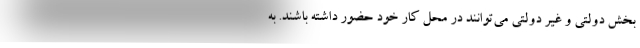
بخش دولتی و غیر دولتی می‌توانند در محل کار خود حضور داشته باشند. به